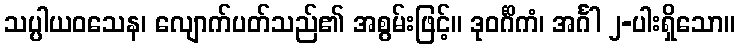
သပ္ပါယဝသေန၊ လျောက်ပတ်သည်၏ အစွမ်းဖြင့်။ ဒုဝင်္ဂိကံ၊ အင်္ဂါ ၂-ပါးရှိသော။